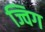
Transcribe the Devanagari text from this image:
ज्विग